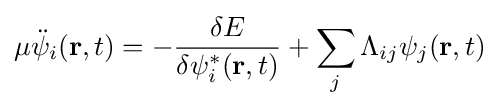
\mu {\ddot {\psi }}_{i}(\mathbf {r} ,t)=-{\frac {\delta E}{\delta \psi _{i}^{*}(\mathbf {r} ,t)}}+\sum _{j}\Lambda _{ij}\psi _{j}(\mathbf {r} ,t)